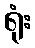
ရုံး